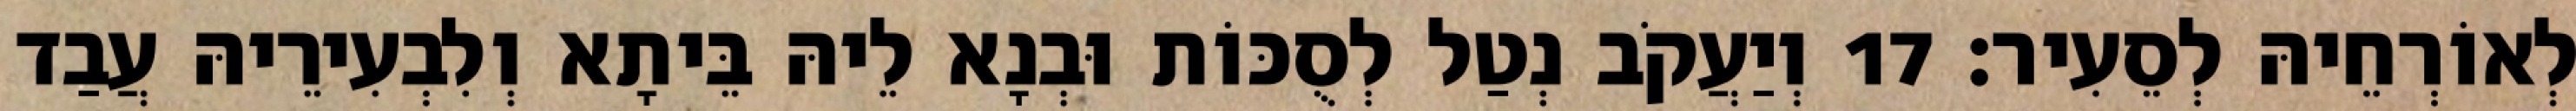
לְאוֹרְחֵיהּ לְסֵעִיר׃ 17 וְיַעֲקֹב נְטַל לְסֻכּוֹת וּבְנָא לֵיהּ בֵּיתָא וְלִבְעִירֵיהּ עֲבַד